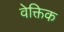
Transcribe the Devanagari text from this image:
वेक्तिक